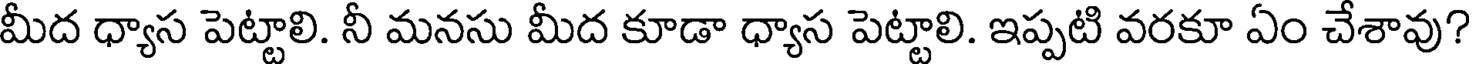
మీద ధ్యాస పెట్టాలి. నీ మనసు మీద కూడా ధ్యాస పెట్టాలి. ఇప్పటి వరకూ ఏం చేశావు?